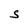
Character: S